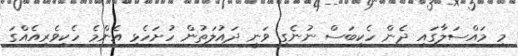
މި މައްސަލާގައި ދެން ހެކިބަސް ނުނެގި ވަނީ ދައުލަތުން ހުށަހެޅި އެންމެ ހެކިވެރިއެއްގަ